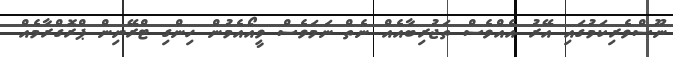
ނޫސްވެރިކަމުގައި އޭރު އެއްވެސް ތަޖުރިބާއެއް ނެތް ނަމަވެސް ވީއޯއެމުން ހިންގި ޓްރޭނިން ޕްރޮގްރާމެއް